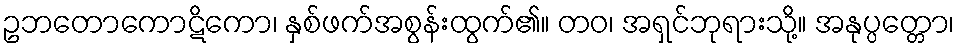
ဥဘတောကောဋိကော၊ နှစ်ဖက်အစွန်းထွက်၏။ တဝ၊ အရှင်ဘုရားသို့။ အနုပ္ပတ္တော၊